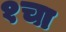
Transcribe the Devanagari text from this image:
१चा